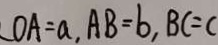
O A = a , A B = b , B C = C